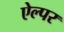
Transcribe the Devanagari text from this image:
ऐल्पर